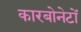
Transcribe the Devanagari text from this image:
कारबोनेटों